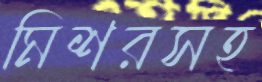
মিশরসহ